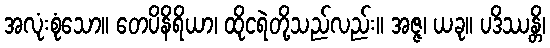
အလုံးစုံသော။ တေပိနိရိယာ၊ ထိုငရဲတို့သည်လည်း။ အဇ္ဇ၊ ယခု။ ပဒိဿန္တိ၊